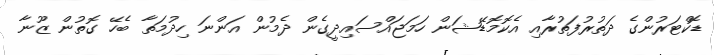
ޑޮކްޓަރުންގެ ދަތުރުފަތުރާއި އެކޮމޮޑޭޝަން ހަމަޖައްސައިދީގެން ދެމުން އަންނަ ހިދުމަތާ ބެހޭ ގޮތުން ޒޫނާ